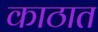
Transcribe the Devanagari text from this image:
काठात